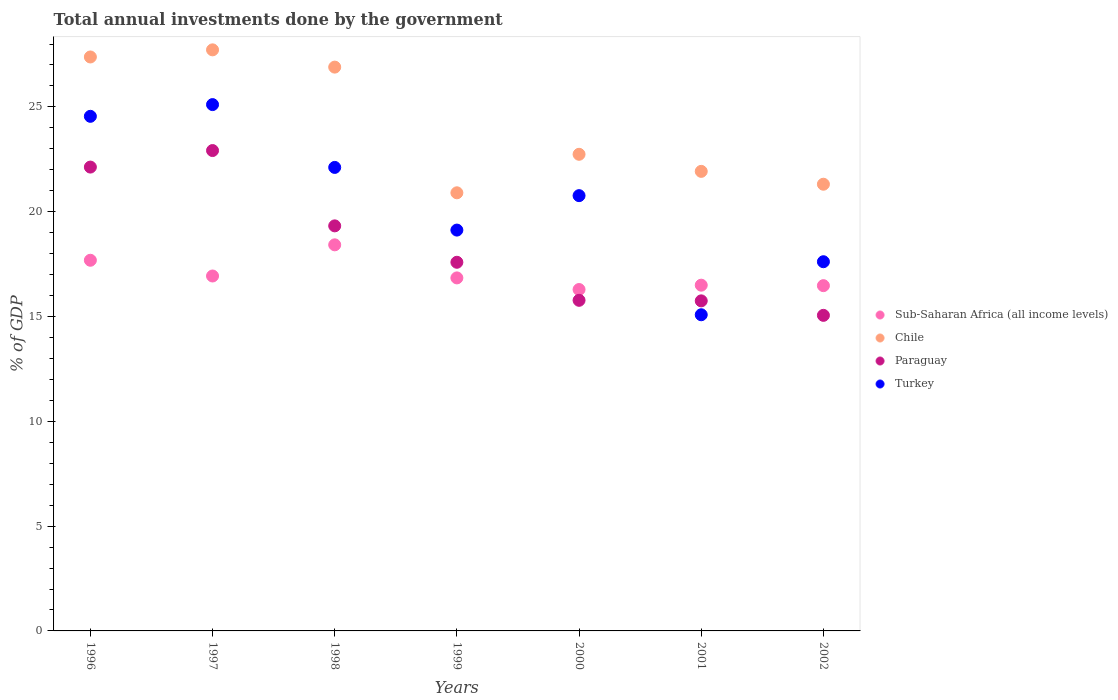
| Years | Sub-Saharan Africa (all income levels) | Chile | Paraguay | Turkey |
 | --- | --- | --- | --- | --- |
 | 1996 | 17.7 | 27.4 | 22.1 | 24.6 |
 | 1997 | 16.9 | 27.7 | 22.9 | 25.1 |
 | 1998 | 18.4 | 26.9 | 19.3 | 22.1 |
 | 1999 | 16.8 | 20.9 | 17.6 | 19.1 |
 | 2000 | 16.3 | 22.7 | 15.8 | 20.8 |
 | 2001 | 16.5 | 21.9 | 15.7 | 15.1 |
 | 2002 | 16.5 | 21.3 | 15.1 | 17.6 |